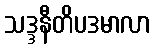
သဒ္ဒနီတိပဒမာလာ